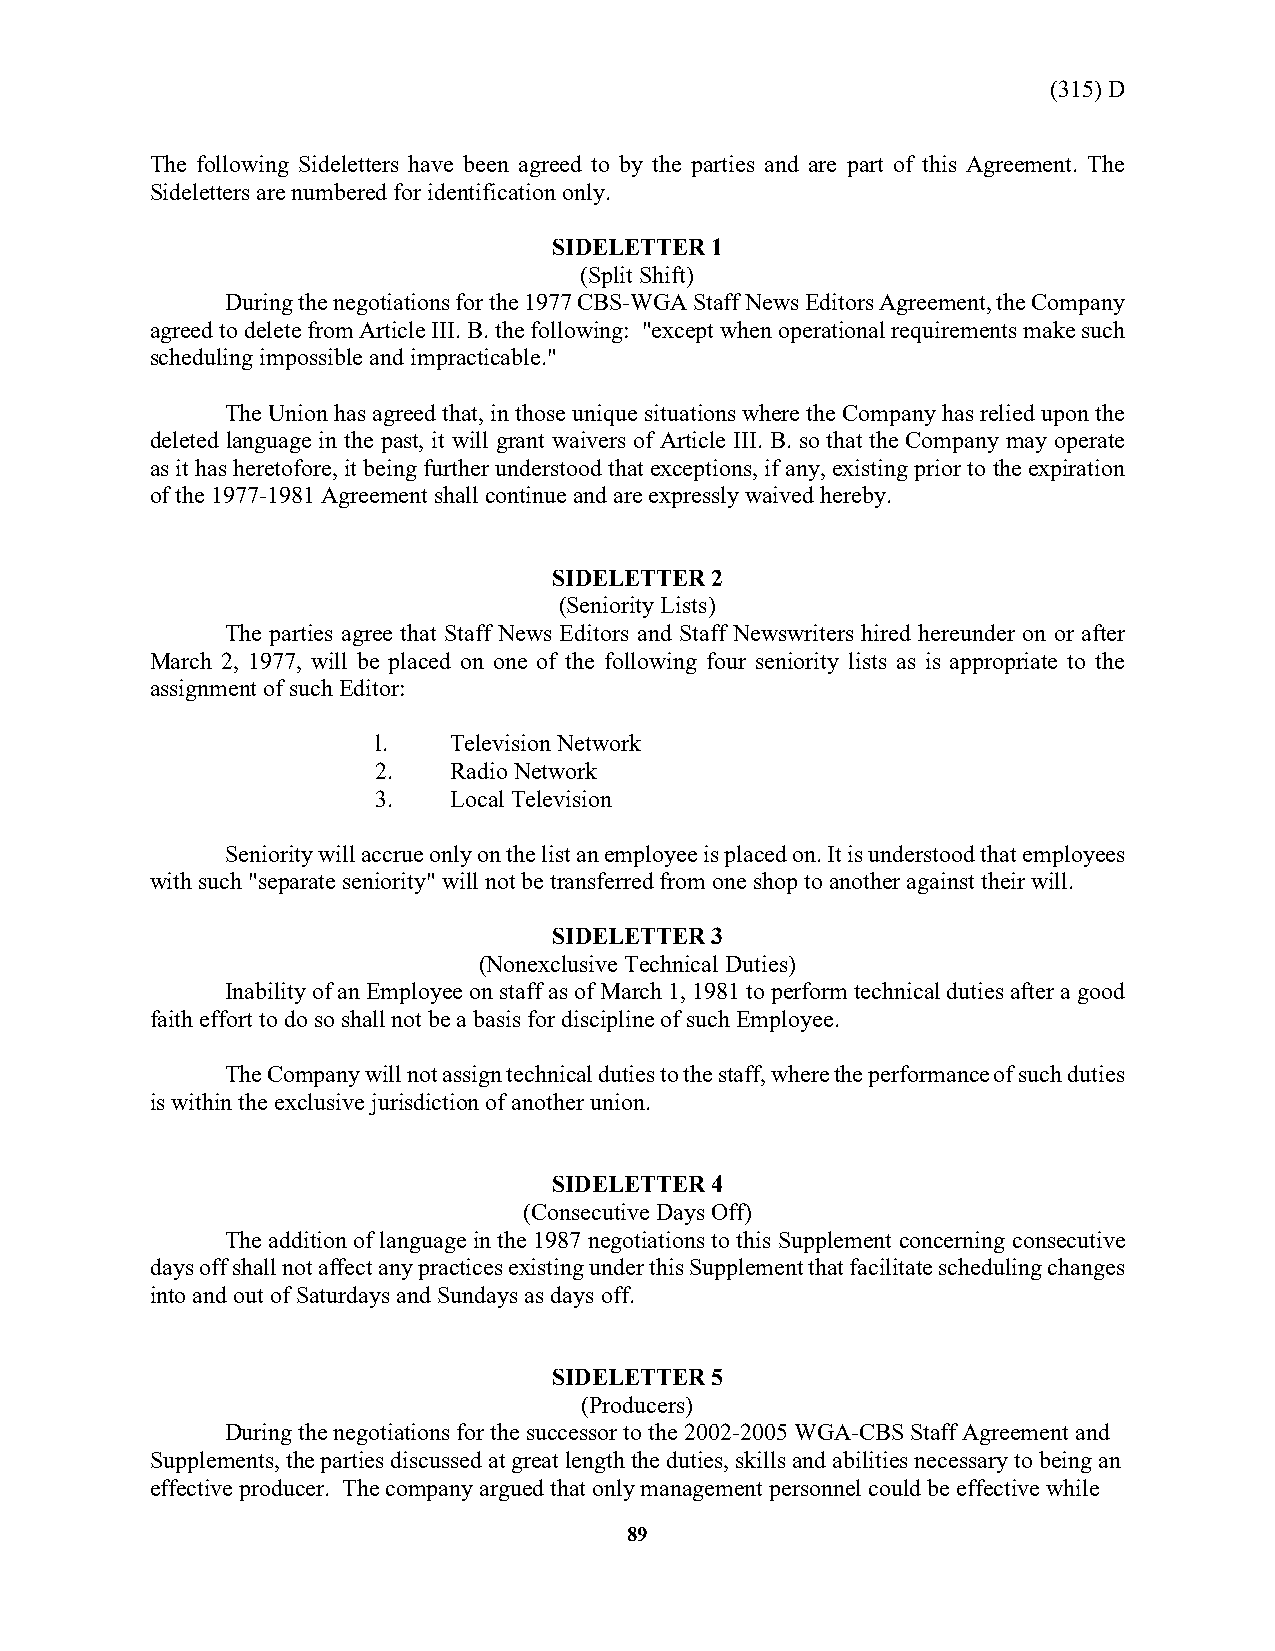
(315) D
 The following Sideletters have been agreed to by the parties and are part of this Agreement. The
 Sideletters are numbered for identification only.
 SIDELETTER 1
 (Split Shift)
 During the negotiations for the 1977 CBS-WGA Staff News Editors Agreement, the Company
 agreed to delete from Article III. B. the following: "except when operational requirements make such
 scheduling impossible and impracticable."
 The Union has agreed that, in those unique situations where the Company has relied upon the
 deleted language in the past, it will grant waivers of Article III. B. so that the Company may operate
 as it has heretofore, it being further understood that exceptions, if any, existing prior to the expiration
 of the 1977-1981 Agreement shall continue and are expressly waived hereby.
 SIDELETTER 2
 (Seniority Lists)
 The parties agree that Staff News Editors and Staff Newswriters hired hereunder on or after
 March 2, 1977, will be placed on one of the following four seniority lists as is appropriate to the
 assignment of such Editor:
 l.   Television Network
 2.   Radio Network
 3.   Local Television
 Seniority will accrue only on the list an employee is placed on. It is understood that employees
 with such "separate seniority" will not be transferred from one shop to another against their will.
 SIDELETTER 3
 (Nonexclusive Technical Duties)
 Inability of an Employee on staff as of March 1, 1981 to perform technical duties after a good
 faith effort to do so shall not be a basis for discipline of such Employee.
 The Company will not assign technical duties to the staff, where the performance of such duties
 is within the exclusive jurisdiction of another union.
 SIDELETTER 4
 (Consecutive Days Off)
 The addition of language in the 1987 negotiations to this Supplement concerning consecutive
 days off shall not affect any practices existing under this Supplement that facilitate scheduling changes
 into and out of Saturdays and Sundays as days off.
 SIDELETTER 5
 (Producers)
 During the negotiations for the successor to the 2002-2005 WGA-CBS Staff Agreement and
 Supplements, the parties discussed at great length the duties, skills and abilities necessary to being an
 effective producer. The company argued that only management personnel could be effective while
 89